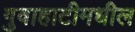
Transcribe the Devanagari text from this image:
गुवाहाटीमधील